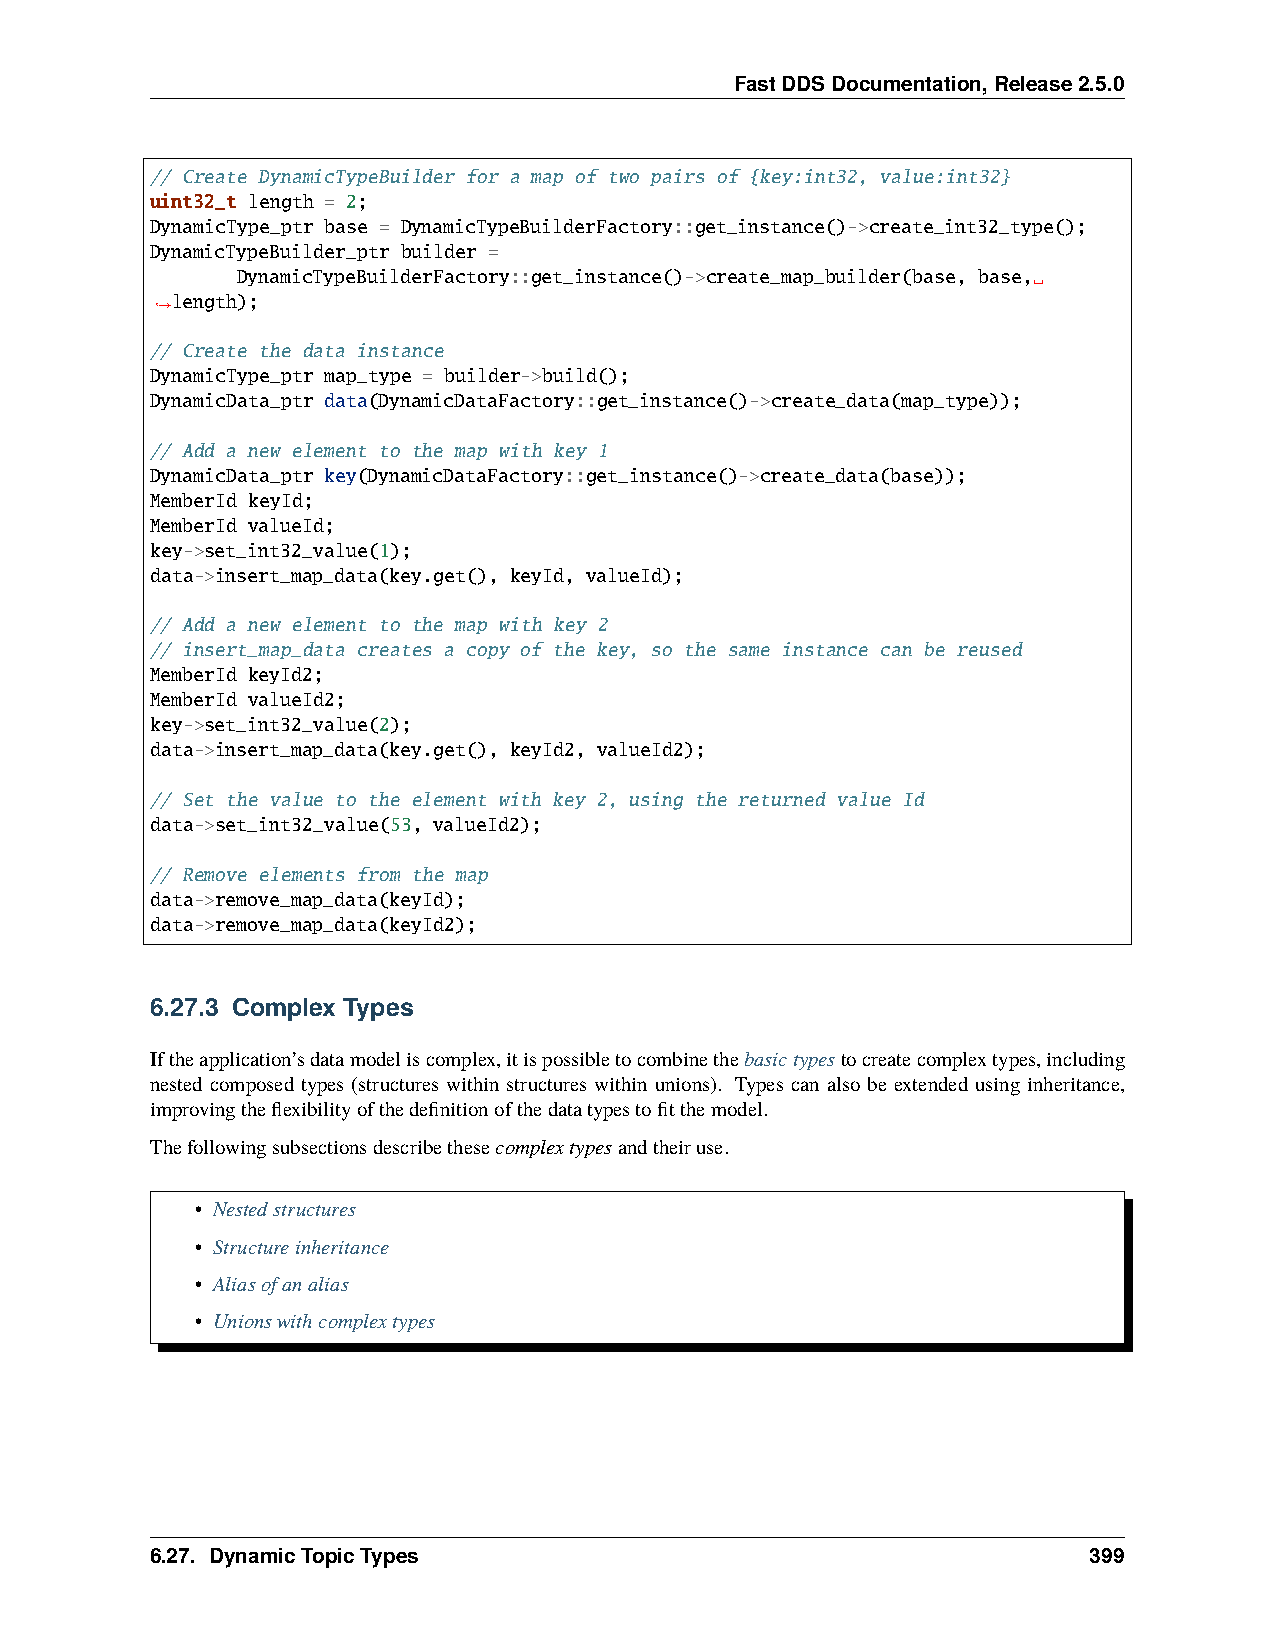
FastDDSDocumentation,Release2.5.0
 // Create DynamicTypeBuilder for a map of two pairs of {key:int32, value:int32}
 uint32_t length = 2;
 DynamicType_ptr base = DynamicTypeBuilderFactory::get_instance()->create_int32_type();
 DynamicTypeBuilder_ptr builder =
 DynamicTypeBuilderFactory::get_instance()->create_map_builder(base, base,␣
 length);
 ˓→
 // Create the data instance
 DynamicType_ptr map_type = builder->build();
 DynamicData_ptr data(DynamicDataFactory::get_instance()->create_data(map_type));
 // Add a new element to the map with key 1
 DynamicData_ptr key(DynamicDataFactory::get_instance()->create_data(base));
 MemberId keyId;
 MemberId valueId;
 key->set_int32_value(1);
 data->insert_map_data(key.get(), keyId, valueId);
 // Add a new element to the map with key 2
 // insert_map_data creates a copy of the key, so the same instance can be reused
 MemberId keyId2;
 MemberId valueId2;
 key->set_int32_value(2);
 data->insert_map_data(key.get(), keyId2, valueId2);
 // Set the value to the element with key 2, using the returned value Id
 data->set_int32_value(53, valueId2);
 // Remove elements from the map
 data->remove_map_data(keyId);
 data->remove_map_data(keyId2);
 6.27.3 Complex Types
 Iftheapplication’sdatamodeliscomplex,itispossibletocombinethebasictypestocreatecomplextypes,including
 nested composed types (structures within structures within unions). Types can also be extended using inheritance,
 improvingtheflexibilityofthedefinitionofthedatatypestofitthemodel.
 Thefollowingsubsectionsdescribethesecomplextypesandtheiruse.
 • Nestedstructures
 • Structureinheritance
 • Aliasofanalias
 • Unionswithcomplextypes
 6.27. DynamicTopicTypes                                       399